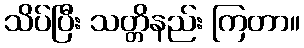
သိပ်ပြီး သတ္တိနည်း ကြတာ။